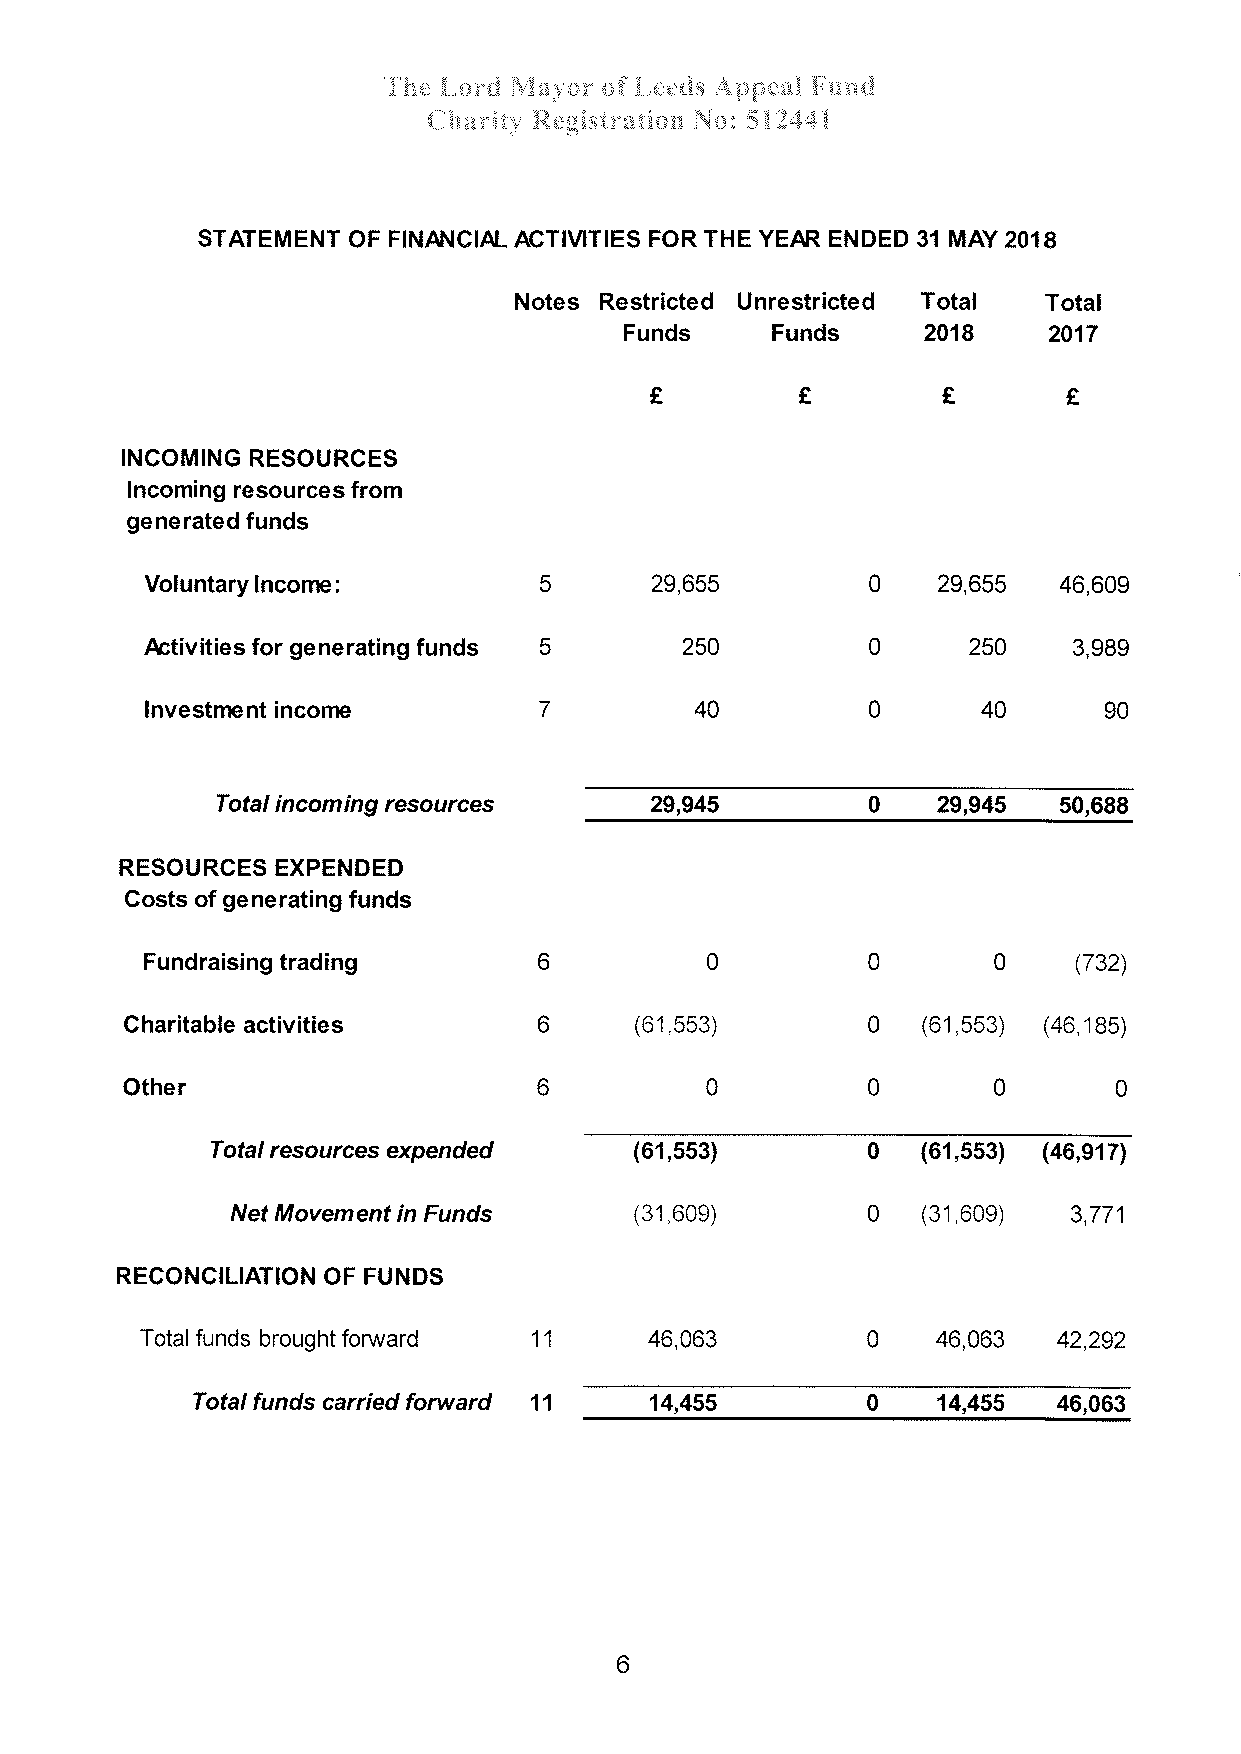
.!-'k* À-*r¿f i\',{¿¿l¿;r q;{'å,¿:¿:{f .,,,\;.:p**å ,ä"t;ur.l
 'g
 {-l l¡*ràt'v }-'åc'*isÈrsT:i$* }i* ; $ å 74.é f
 STATEMENT OF FINAÀICIAL ACTIVITIES FOR THE YEAR ËNDED 31 MAY 2018
 Notes Restricted Unrestricted Total Total
 Funds     Funds     2018    2017
 Ê         €        €        Ê
 INCOMING RESOURCES
 lncoming resources from
 generated funds
 29,655
 Voluntary lncome:         5      29,655         0           46,609
 250
 Activities for generating funds 5  250          0            3,989
 lnvestrnent income        7         40          0      40      90
 Total incom ing resources    29,945         0   29,945  50,699
 RESOURCES EXPENDED
 Gosts of generating funds
 0
 Fundraising trading       6          0         0             (732)
 Charitable activities       6     (61,55s)       0   (61,553) (46,185)
 Other                       þ          0         0        0       0
 Total resources expended    (61,553)       0   (61,553) (46,917)
 (31,60e)
 Net Movement in Funds      (31,609)       0             3,771
 RECONCILIATION OF FUNDS
 0    46,063
 Total funds brought fon¡¡ard 11   46,063                     42,292
 Totalfunds carried forward 11 14,455        0    '14,455 46,063
 þ